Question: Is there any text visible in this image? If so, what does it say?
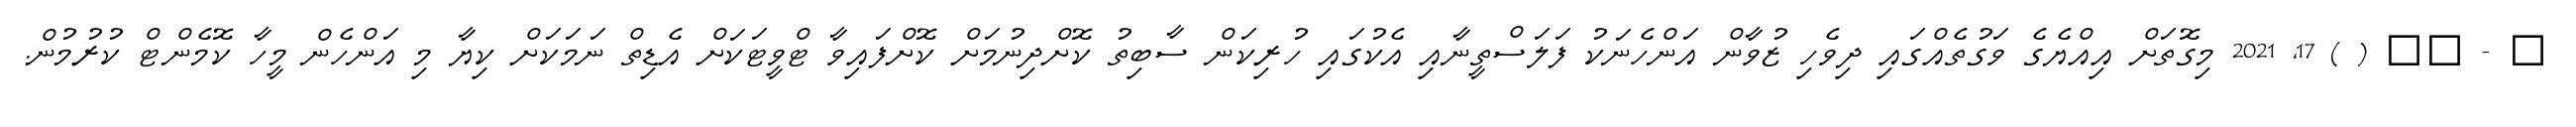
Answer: ? - ?? ( ) 17, 2021 މިގޮތަށް އިއްޔެގެ ވަގުތެއްގައި ދިވެހި ޒުވާން އަންހެނަކު ފަލަސްތީނާއި އެކުގައި ހުރިކަން ސާބިތު ކޮށްދިނުމަށް ކޮށްފައިވާ ޓްވީޓަކަށް އެޑިތް ނަމަކަށް ކިޔާ މި އަންހެން މީހާ ކޮމެންޓް ކުރުމުން.